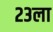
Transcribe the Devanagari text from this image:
२३ला